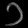
Digit: ၁